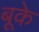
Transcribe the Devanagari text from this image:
बूके